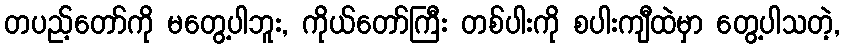
တပည့်တော်ကို မတွေ့ပါဘူး, ကိုယ်တော်ကြီး တစ်ပါးကို စပါးကျီထဲမှာ တွေ့ပါသတဲ့,